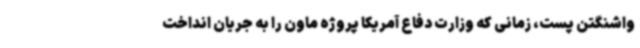
واشنگتن پست، زمانی که وزارت دفاع آمریکا پروژه ماون را به جریان انداخت